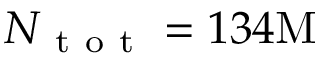
N _ { \mathrm { ~ t ~ o ~ t ~ } } = 1 3 4 \mathrm { M }